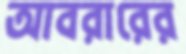
আবরারের